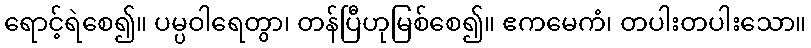
ရောင့်ရဲစေ၍။ ပမ္ပဝါရေတွာ၊ တန်ပြီဟုမြစ်စေ၍။ ဧကမေကံ၊ တပါးတပါးသော။